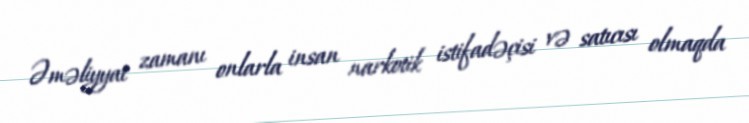
Əməliyyat zamanı onlarla insan narkotik istifadəçisi və satıcısı olmaqda